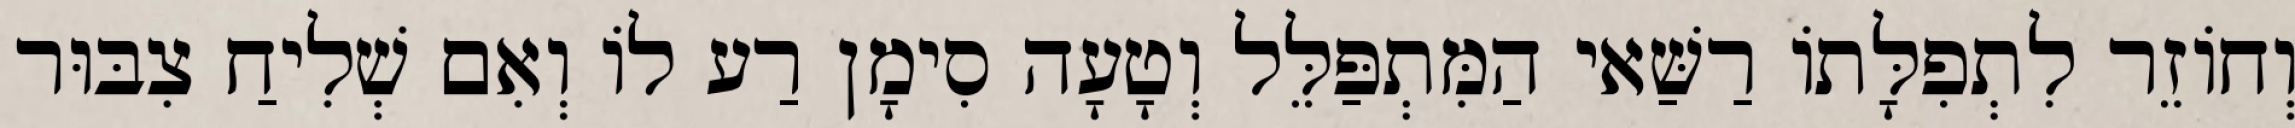
וְחוֹזֵר לִתְפִלָּתוֹ רַשַּׁאי הַמִּתְפַּלֵּל וְטָעָה סִימָן רַע לוֹ וְאִם שְׁלִיחַ צִבּוּר